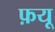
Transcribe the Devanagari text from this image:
फ़यू